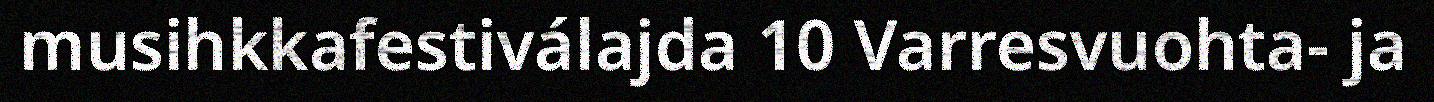
musihkkafestiválajda 10 Varresvuohta- ja